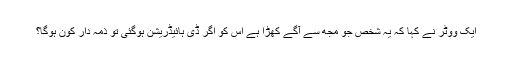
ایک ووٹر نے کہا کہ یہ شخص جو مجھ سے آگے کھڑا ہے اس کو اگر ڈی ہائیڈریشن ہوگئی تو ذمہ دار کون ہوگا؟